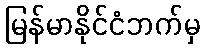
မြန်မာနိုင်ငံဘက်မှ